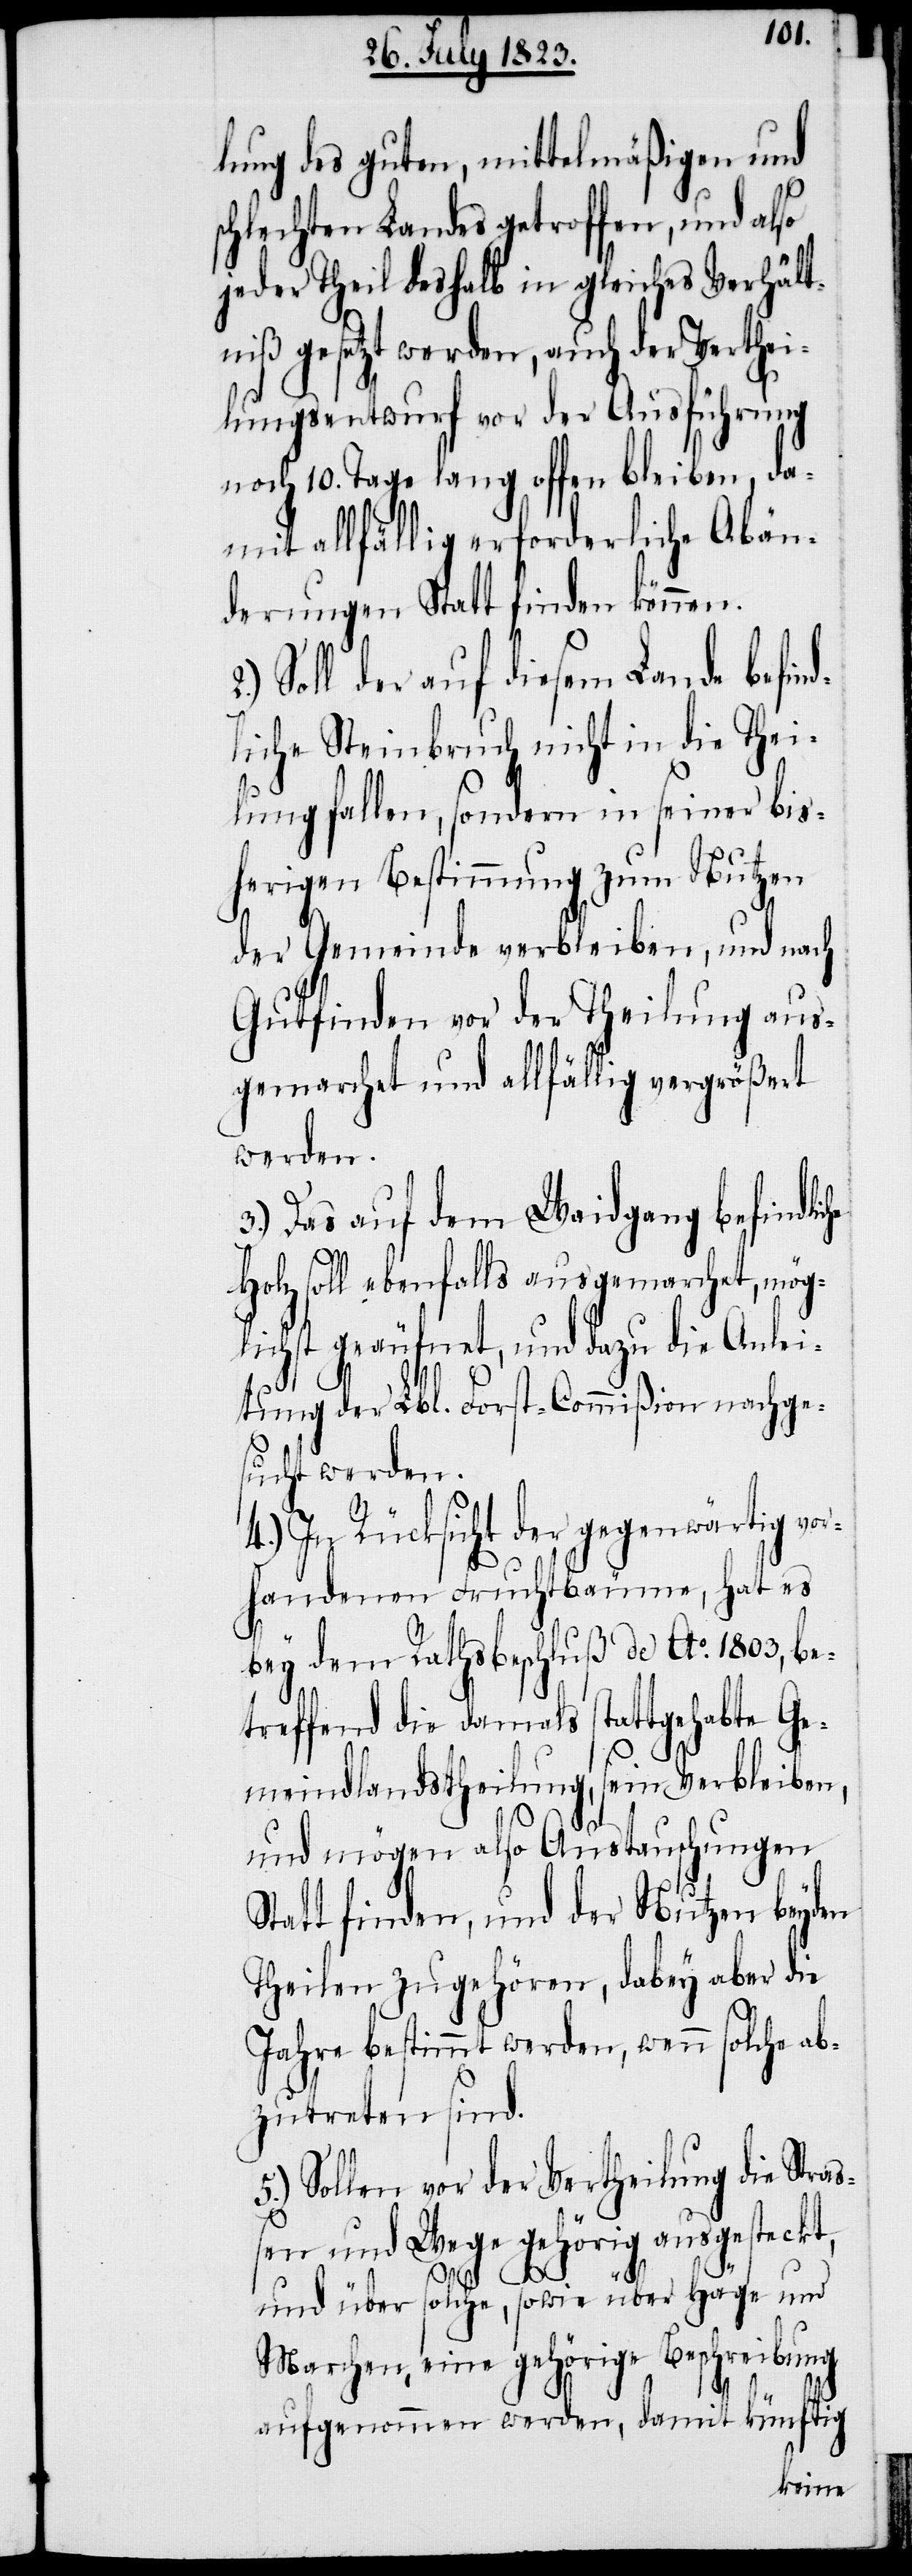
lung des guten, mittelmäßigen und
schlechten Landes getroffen, und also
jeder Theil deshalb in gleiches Verhält¬
niß gesetzt werden, auch der Verthei¬
lungsentwurf vor der Ausführung
noch 10. Tage lang offen bleiben, da¬
mit allfällig erforderliche Abän¬
derungen Statt finden können.
Soll der auf diesem Lande befind¬
liche Steinbruch nicht in die Thei¬
lung fallen, sondern in seiner bis¬
herigen Bestimmung zum Nutzen
der Gemeinde verbleiben, und nach
Gutfinden vor der Theilung aus¬
gemarchet und allfällig vergrößert
werden.
3.) Das auf dem Waidgang befindli¬
Holz soll ebenfalls ausgemarchet, mög¬
lichst geäufnet, und dazu die Anlei¬
tung der Lbl. Forst-Commißion nachge¬
sucht werden.
4.) In Rücksicht der gegenwärtig vor¬
handenen Fruchtbäume, hat es
bey dem Rathsbeschluß de Ao. 1803, be¬
treffend die damals stattgehabte Ge¬
meindlandstheilung, sein Verbleiben,
und mögen also Austauschungen
Statt finden, und der Nutzen beyden
Theilen zugehören, dabey aber die
Jahre bestimmt werden, wenn solche ab¬
zutreten sind.
5.) Sollen vor der Vertheilung die Stra¬
ßen und Wege gehörig ausgesteckt,
che
und über solche, sowie über Häge und
Marchen, eine gehörige Beschreibung
aufgenommen werden, damit künftig